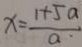
x = \frac { 1 + 5 a } { a }